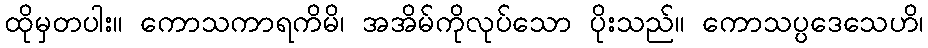
ထိုမှတပါး။ ကောသကာရကိမိ၊ အအိမ်ကိုလုပ်သော ပိုးသည်။ ကောသပ္ပဒေသေဟိ၊